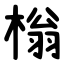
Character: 㮬